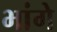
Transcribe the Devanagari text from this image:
भांगे